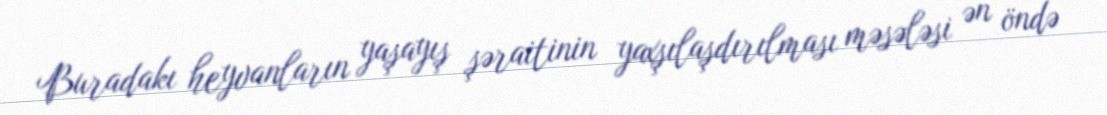
Buradakı heyvanların yaşayış şəraitinin yaxşılaşdırılması məsələsi ən öndə